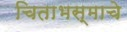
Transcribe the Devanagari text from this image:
चिताभस्माचे